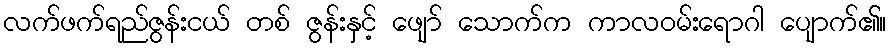
လက်ဖက်ရည်ဇွန်းငယ် တစ် ဇွန်းနှင့် ဖျော် သောက်က ကာလဝမ်းရောဂါ ပျောက်၏။